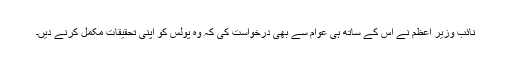
نائب وزیر اعظم نے اس کے ساتھ ہی عوام سے بھی درخواست کی کہ وہ پولس کو اپنی تحقیقات مکمل کرنے دیں۔